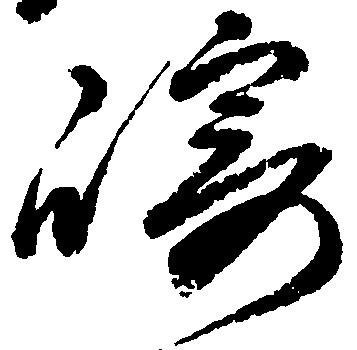
崎